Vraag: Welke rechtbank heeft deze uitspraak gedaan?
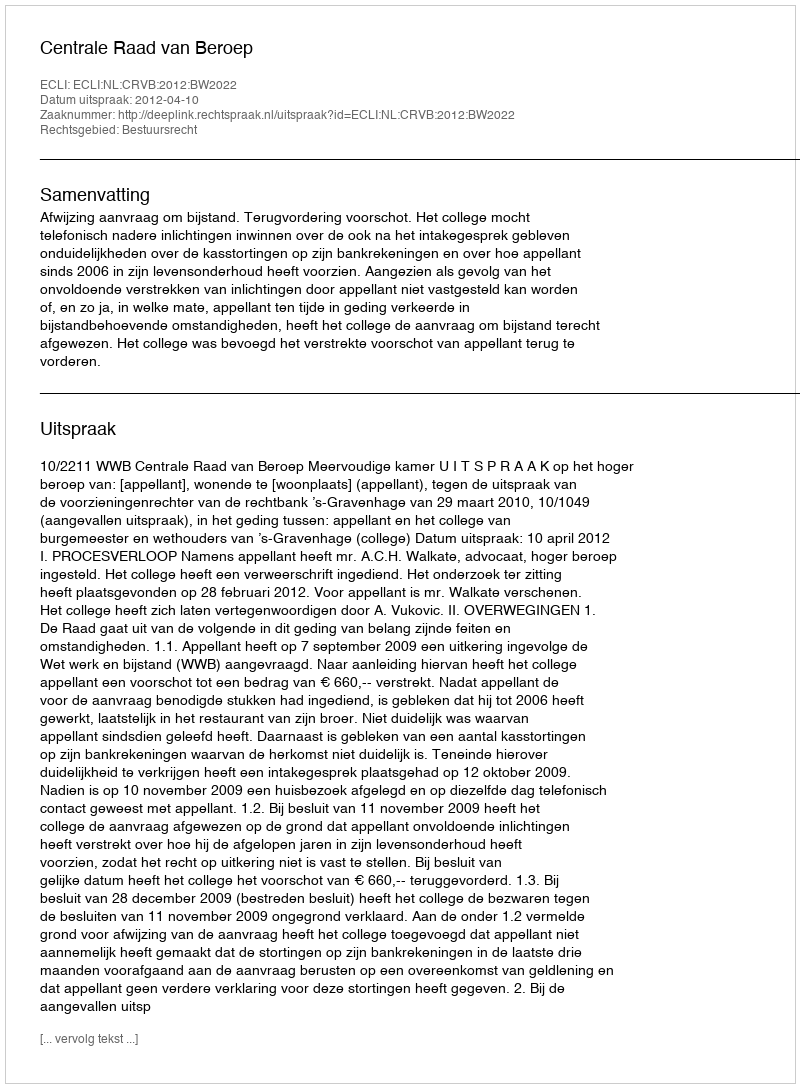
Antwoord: Centrale Raad van Beroep